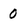
Character: 0